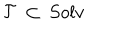
{ \cal T } \, \subset \, S o l v